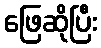
ဖြေဆိုပြီး